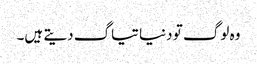
وہ لوگ تو دنیا تیاگ دیتے ہیں۔